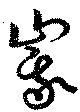
峩